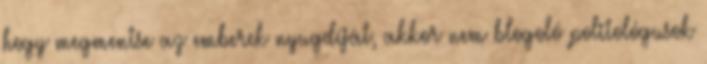
hogy megmentse az emberek nyugdíját, akkor nem blogoló politológusok